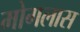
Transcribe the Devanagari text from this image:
मोगलास